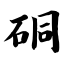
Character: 硐